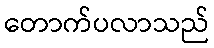
တောက်ပလာသည်